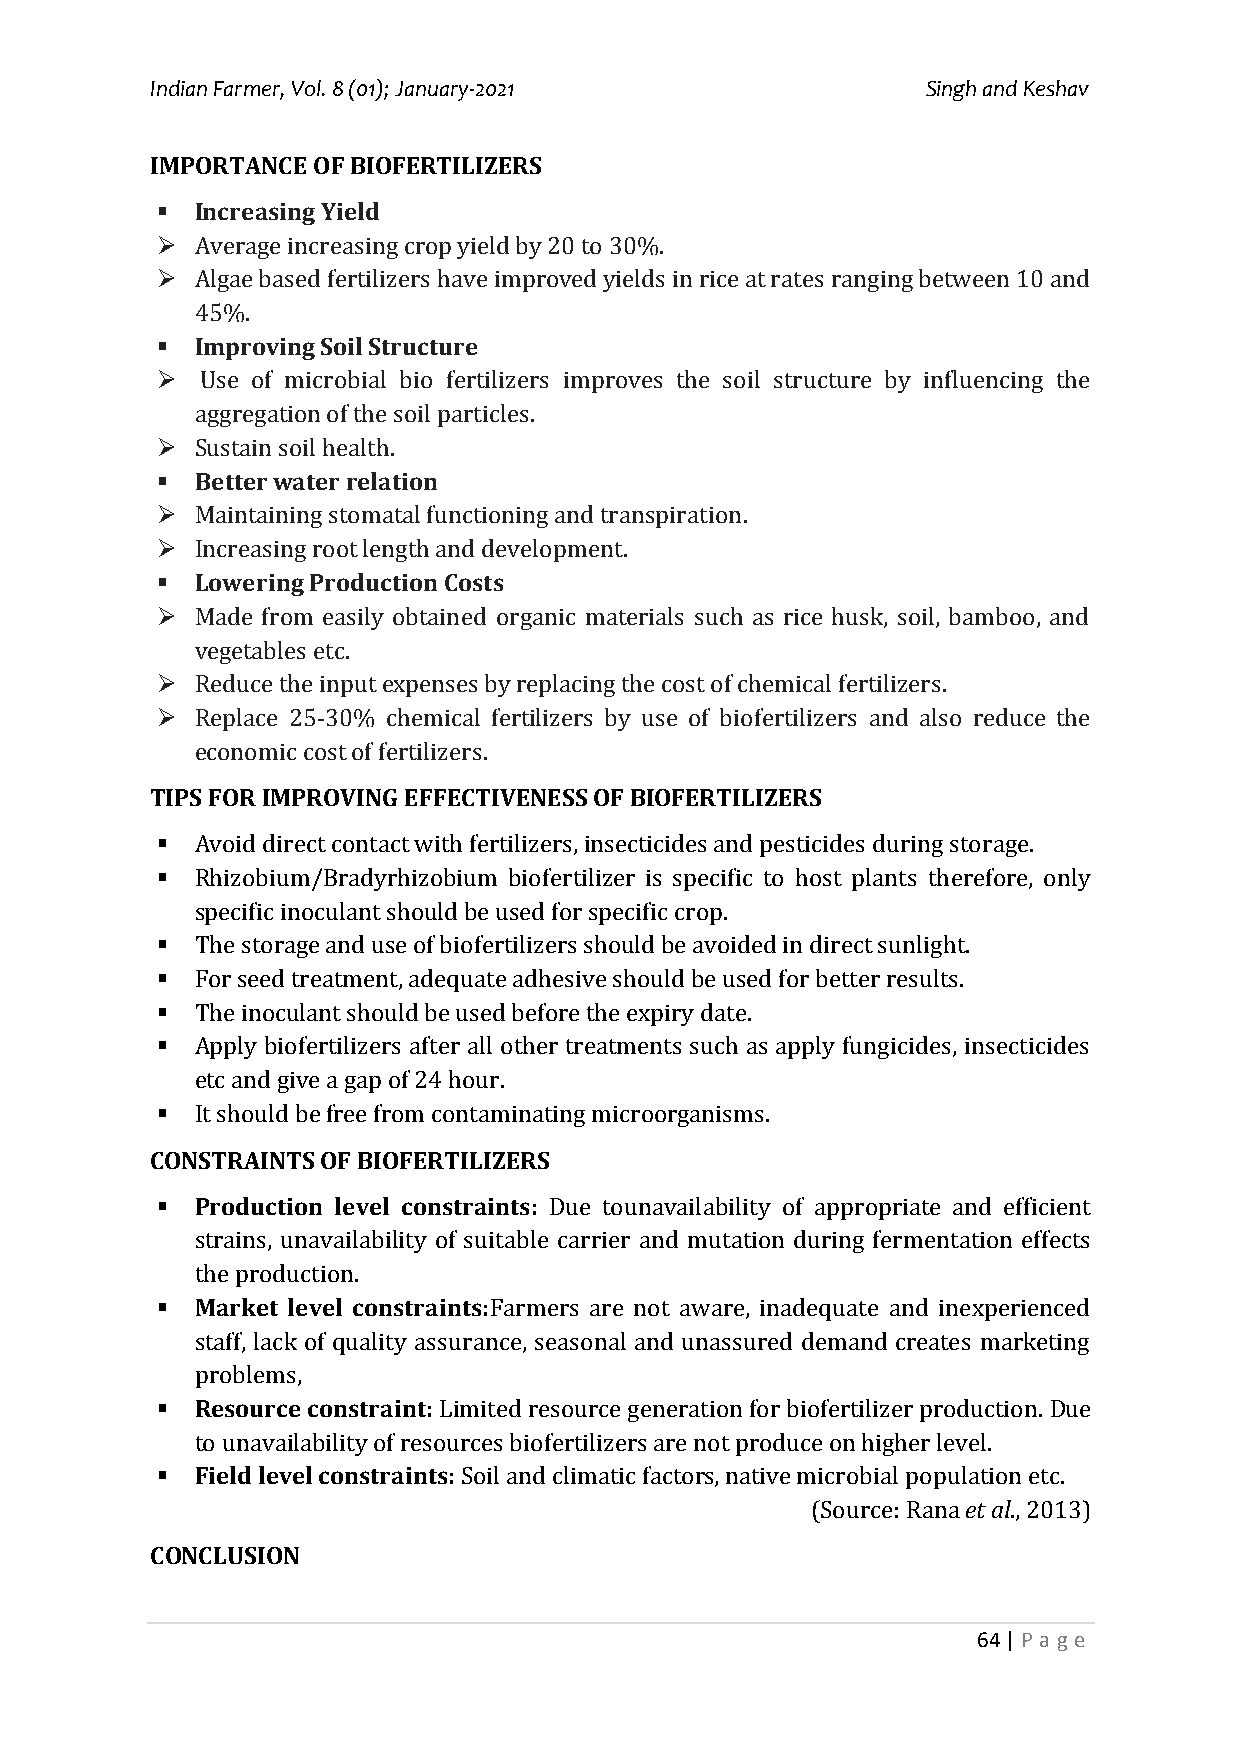
Indian Farmer, Vol. 8 (01); January-2021           Singh and Keshav
 IMPORTANCE OF BIOFERTILIZERS
   Increasing Yield
   Average increasing crop yield by 20 to 30%.
   Algae based fertilizers have improved yields in rice at rates ranging between 10 and
 45%.
   Improving Soil Structure
   Use of microbial bio fertilizers improves the soil structure by influencing the
 aggregation of the soil particles.
   Sustain soil health.
   Better water relation
   Maintaining stomatal functioning and transpiration.
   Increasing root length and development.
   Lowering Production Costs
   Made from easily obtained organic materials such as rice husk, soil, bamboo, and
 vegetables etc.
   Reduce the input expenses by replacing the cost of chemical fertilizers.
   Replace 25-30% chemical fertilizers by use of biofertilizers and also reduce the
 economic cost of fertilizers.
 TIPS FOR IMPROVING EFFECTIVENESS OF BIOFERTILIZERS
   Avoid direct contact with fertilizers, insecticides and pesticides during storage.
   Rhizobium/Bradyrhizobium biofertilizer is specific to host plants therefore, only
 specific inoculant should be used for specific crop.
   The storage and use of biofertilizers should be avoided in direct sunlight.
   For seed treatment, adequate adhesive should be used for better results.
   The inoculant should be used before the expiry date.
   Apply biofertilizers after all other treatments such as apply fungicides, insecticides
 etc and give a gap of 24 hour.
   It should be free from contaminating microorganisms.
 CONSTRAINTS OF BIOFERTILIZERS
   Production level constraints: Due tounavailability of appropriate and efficient
 strains, unavailability of suitable carrier and mutation during fermentation effects
 the production.
   Market level constraints:Farmers are not aware, inadequate and inexperienced
 staff, lack of quality assurance, seasonal and unassured demand creates marketing
 problems,
   Resource constraint: Limited resource generation for biofertilizer production. Due
 to unavailability of resources biofertilizers are not produce on higher level.
   Field level constraints: Soil and climatic factors, native microbial population etc.
 (Source: Rana et al., 2013)
 CONCLUSION
 64 | P a ge